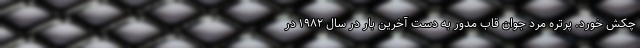
چکش خورد. پرتره مرد جوان قاب مدور به دست آخرین بار در سال ۱۹۸۲ در